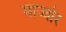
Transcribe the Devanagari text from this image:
माज्जोर